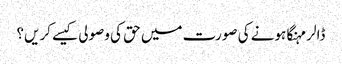
ڈالر مہنگا ہونے کی صورت میں حق کی وصولی کیسے کریں؟